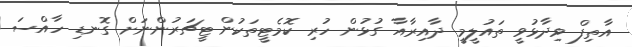
އާތިފް ވިދާޅުވީ ތައުލީމީ ދާއިރާއާ ގުޅުން ހުރި ކޮމެޓީތަކުން ޓީޗަރުންނަށް ގޮނޑި ހާއްސަ